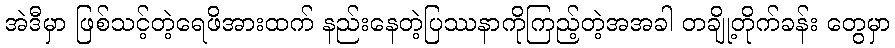
အဲဒီမှာ ဖြစ်သင့်တဲ့ရေဖိအားထက် နည်းနေတဲ့ပြဿနာကိုကြည့်တဲ့အအခါ တချို့တိုက်ခန်း တွေမှာ